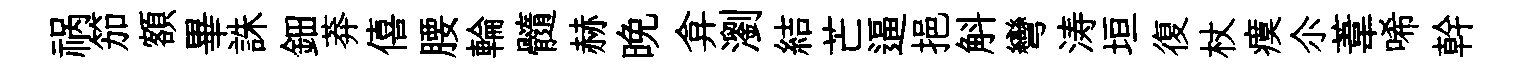
祸笳額畢誅鈿莽僖腰輪髓赫晚弇瀏結芒逼挹斛彎涛垣復杖瘼尒葦唏幹